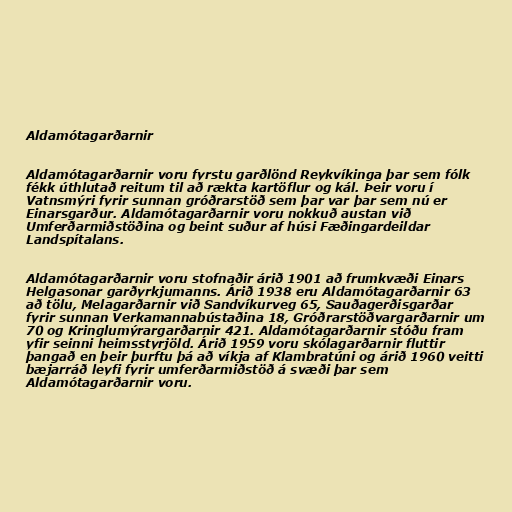
Aldamótagarðarnir

Aldamótagarðarnir voru fyrstu garðlönd Reykvíkinga þar sem fólk
fékk úthlutað reitum til að rækta kartöflur og kál. Þeir voru í
Vatnsmýri fyrir sunnan gróðrarstöð sem þar var þar sem nú er
Einarsgarður. Aldamótagarðarnir voru nokkuð austan við
Umferðarmiðstöðina og beint suður af húsi Fæðingardeildar
Landspítalans.

Aldamótagarðarnir voru stofnaðir árið 1901 að frumkvæði Einars
Helgasonar garðyrkjumanns. Árið 1938 eru Aldamótagarðarnir 63
að tölu, Melagarðarnir við Sandvíkurveg 65, Sauðagerðisgarðar
fyrir sunnan Verkamannabústaðina 18, Gróðrarstöðvargarðarnir um
70 og Kringlumýrargarðarnir 421. Aldamótagarðarnir stóðu fram
yfir seinni heimsstyrjöld. Árið 1959 voru skólagarðarnir fluttir
þangað en þeir þurftu þá að víkja af Klambratúni og árið 1960 veitti
bæjarráð leyfi fyrir umferðarmiðstöð á svæði þar sem
Aldamótagarðarnir voru.